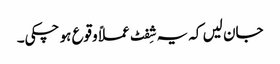
جان لیں کہ یہ شِفٹ عملاً وقوع ہو چکی۔